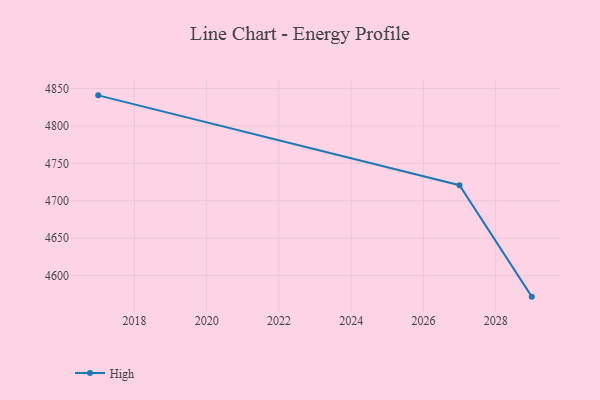
{"axis": {"x": "Year", "y": "LTV (USD)"}, "legend": ["High"], "data": [{"x": "2017", "y": 4840.8, "type": "High"}, {"x": "2027", "y": 4720.8, "type": "High"}, {"x": "2029", "y": 4571.9, "type": "High"}]}